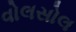
વોલસોલ